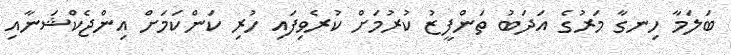
ބަލަމާ ހިނގާ މަރުގެ އަދަބު ތަންފީޒު ކުރުމަށް ކުރެވިފައި ހުރި ކަންކަމަށް އިންޖެކްޝަނާއި